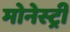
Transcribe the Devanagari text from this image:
मोनेस्‍ट्री